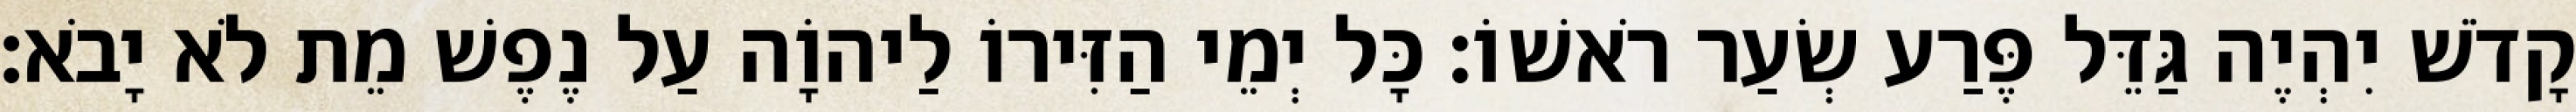
קָדֹשׁ יִהְיֶה גַּדֵּל פֶּרַע שְׂעַר רֹאשׁוֹ׃ כָּל יְמֵי הַזִּירוֹ לַיהוָֹה עַל נֶפֶשׁ מֵת לֹא יָבֹא׃